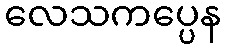
လေသကပ္ပေန